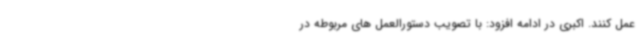
عمل کنند. اکبری در ادامه افزود: با تصویب دستورالعمل های مربوطه در